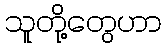
သူတို့တွေဟာ